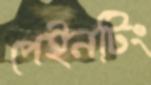
পেইনটিং